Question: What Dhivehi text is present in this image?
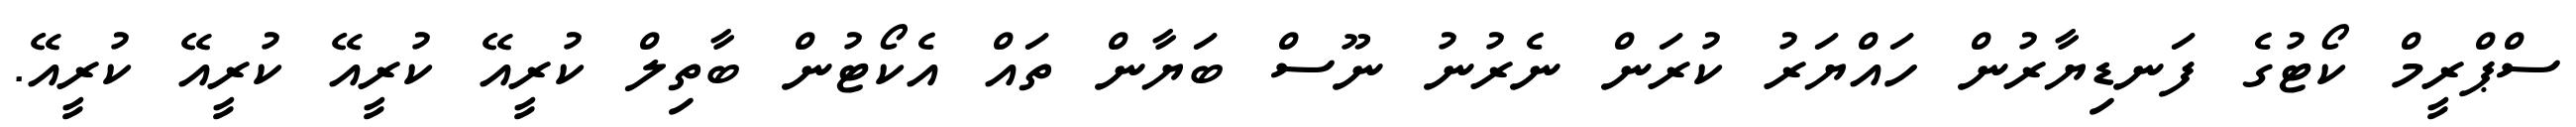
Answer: ސްޕްރީމް ކޯޓުގެ ފަނޑިޔާރުން ހައްޔަރު ކުރަން ނެރުނު ނޫސް ބަޔާން ތައް އެކޯޓުން ބާތިލް ކުރީއޭ ކުރީއޭ ކުރީއޭ ކުރީއޭ.